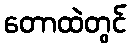
တောထဲတွင်